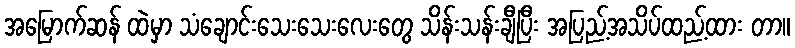
အမြောက်ဆန် ထဲမှာ သံချောင်းသေးသေးလေးတွေ သိန်းသန်းချီပြီး အပြည့်အသိပ်ထည့်ထား တာ။